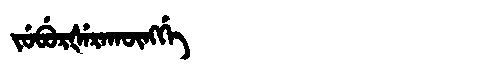
Manchu: ᠵᡠᠪᡠᡵᡧᡝᡵᠠᡴᡡᠩᡤᡝ
Romanization: JUBURŠERAKŪNGGE